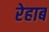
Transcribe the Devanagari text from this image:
रेहाब